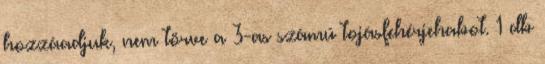
hozzáadjuk, nem törve a 3-as számú tojásfehérjehabot. 1 db